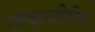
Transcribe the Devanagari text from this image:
आकारमितिक